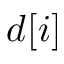
d [ i ]